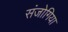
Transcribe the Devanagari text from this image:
संजोगिया